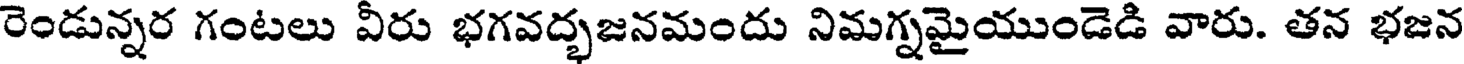
రెండున్నర గంటలు వీరు భగవద్భజనమందు నిమగ్నమైయుండెడి వారు. తన భజన